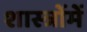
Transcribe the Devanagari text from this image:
शास्‍त्रोंमें